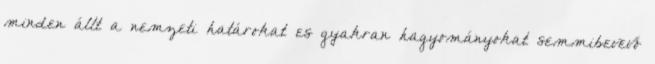
minden állt a nemzeti határokat es gyakran hagyományokat semmibevevő